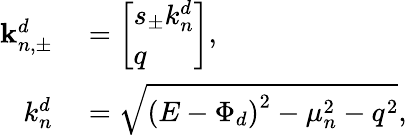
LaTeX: \begin{array}{rl}{\mathbf{k}_{n,\pm}^{d}}&{{}=\left[\begin{array}{l}{s_{\pm}k_{n}^{d}}\\ {q}\end{array}\right],}\\ {k_{n}^{d}}&{{}=\sqrt{\left(E-\Phi_{d}\right)^{2}-\mu_{n}^{2}-q^{2}},}\end{array}